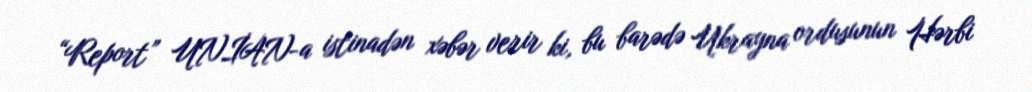
“Report” UNİAN-a istinadən xəbər verir ki, bu barədə Ukrayna ordusunun Hərbi